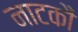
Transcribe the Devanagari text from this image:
नाटकौं